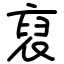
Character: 裒